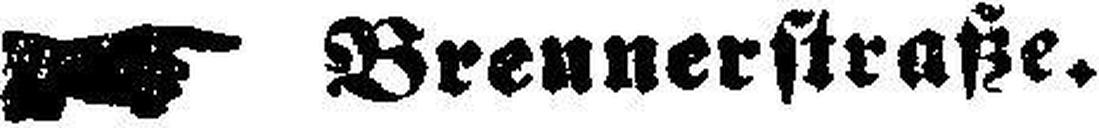
Brennerstraße.